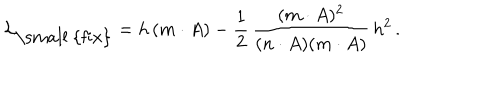
LaTeX: { \cal L } _ { \mathrm { \small ~ { f i x } } } = h \, ( m \cdot A ) - \frac { 1 } { 2 } \, \frac { ( m \cdot A ) ^ { 2 } } { ( n \cdot A ) ( m \cdot A ) } \, h ^ { 2 } \, .